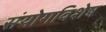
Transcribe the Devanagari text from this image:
संयोगविशेष